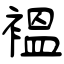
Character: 褞